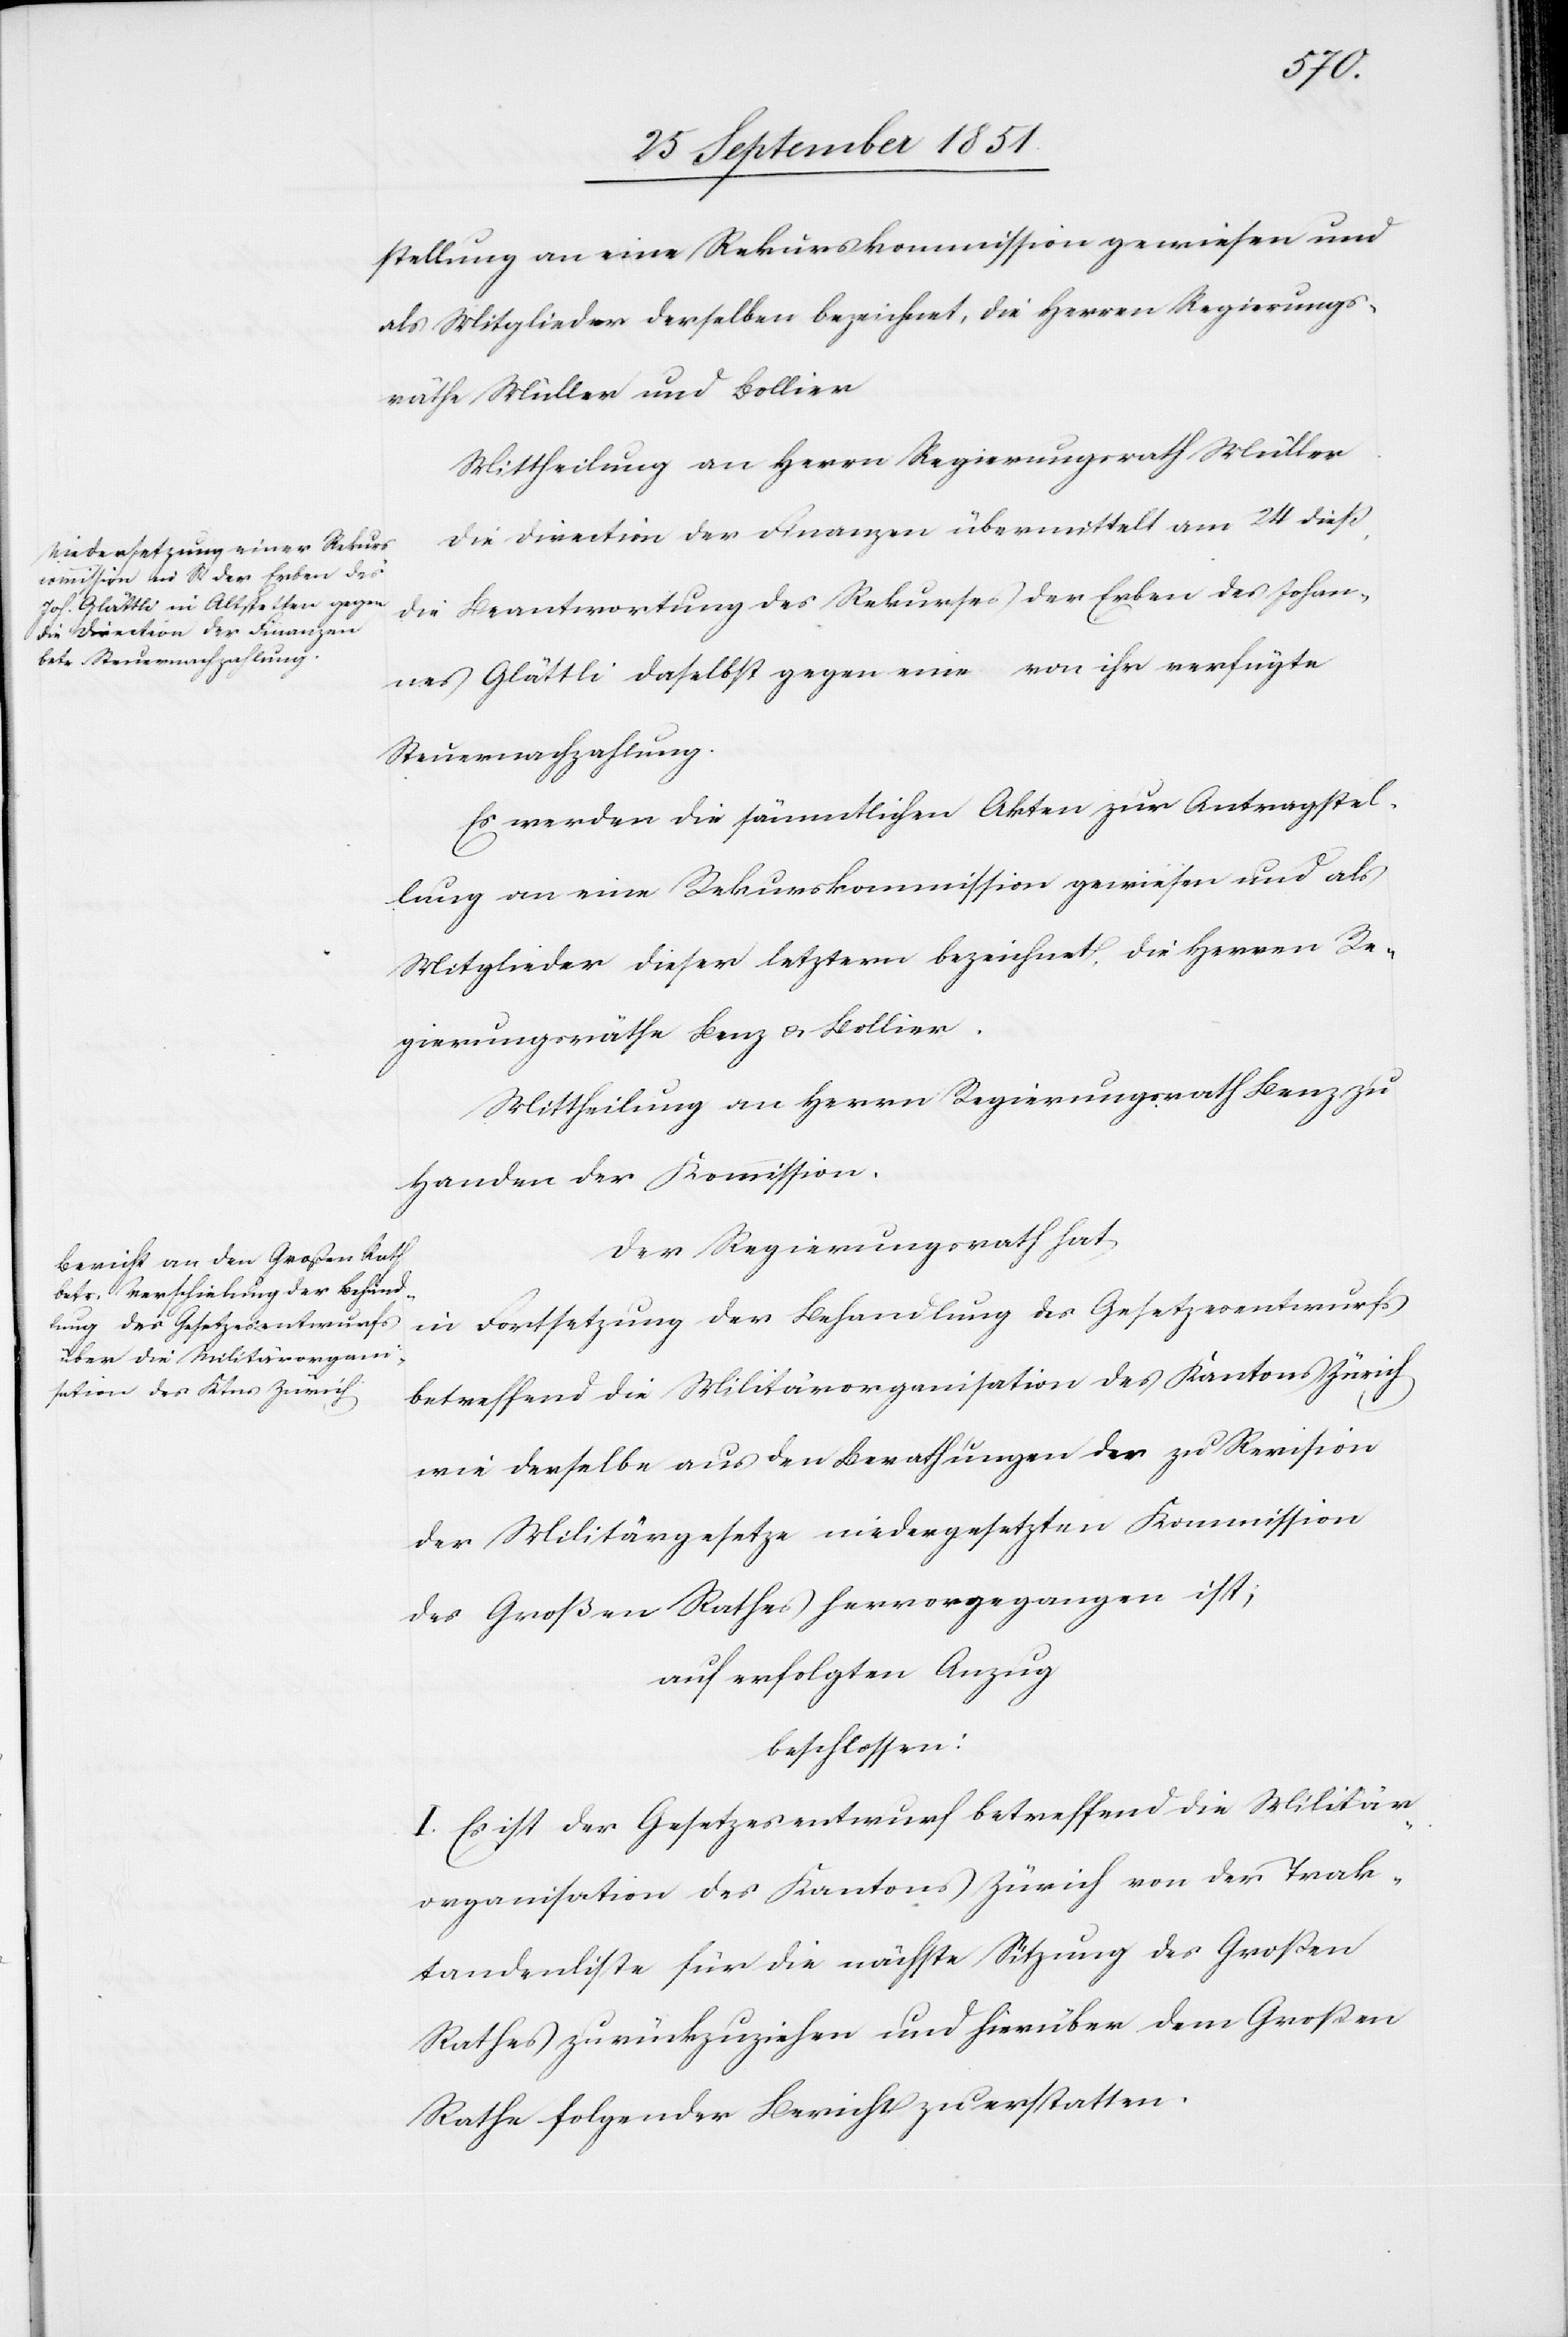
stellung an eine Rekurskommission gewiesen und
als Mitglieder derselben bezeichnet, die Herren Regierungs¬
räthe Müller und Bollier
Mittheilung an Herrn Regierungsrath Müller.
Die Direction der Finanzen übermittelt am 24 dieß,
die Beantwortung des Rekurses der Erben des Johan¬
nes Glättli daselbst gegen eine von ihr verfügte
Steuernachzahlung.
Es werden die sämmtlichen Akten zur Antragstel¬
lung an eine Rekurskommission gewiesen und als
Mitglieder dieser letztern bezeichnet, die Herren Re¬
gierungsräthe Benz & Bollier.
Mittheilung an Herrn Regierungsrath Benz zu
Handen der Kommission.
Der Regierungsrath hat
in Fortsetzung der Behandlung des Gesetzesentwurfs
betreffend die Militärorganisation des Kantons Zürich
wie derselbe aus den Berathungen der zu Revision
der Militärgesetze niedergesetzten Kommission
des Großen Rathes hervorgegangen ist;
auf erfolgten Anzug
beschlossen:
I. Es ist der Gesetzesentwurf betreffend die Militär¬
organisation des Kantons Zürich von der Trak¬
tandenliste für die nächste Sitzung des Großen
Rathes zurückzuziehen und hierüber dem Großen
Rathe folgender Bericht zu erstatten.